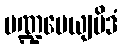
မဏ္ဍပေယျမိဒံ